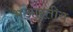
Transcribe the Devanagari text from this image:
भआरतीय